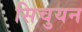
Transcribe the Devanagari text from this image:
सिचुयन